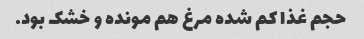
حجم غذا کم شده مرغ هم مونده و خشک بود.